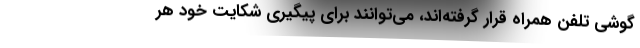
گوشی تلفن همراه قرار گرفته‌اند، می‌توانند برای پیگیری شکایت خود هر